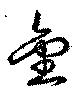
金